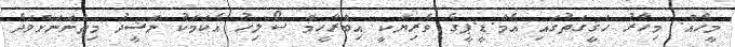
މީހެއް. މިހާރު ހަޤީގަތުގައި އެމް.ޑީ.ޕީގެ ވެރިޔަކީ އިބްރާހީމް ސޯލިހު އެކަމަކު ނަޝީދު މިތަނަނަށްވަދެ